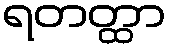
ရတတ္ထာ